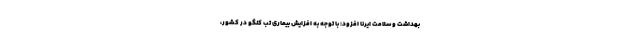
بهداشت و سلامت ایرنا افزود: با توجه به افزایش بیماری تب کنگو در کشور،